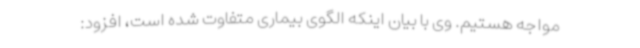
مواجه هستیم. وی با بیان اینکه الگوی بیماری متفاوت شده است، افزود: